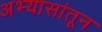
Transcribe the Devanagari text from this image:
अभ्यासांतून